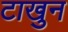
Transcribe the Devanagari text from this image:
टाखुन